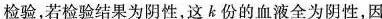
检验，若检验结果为阴性，这k份的血液全为阴性，因而